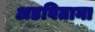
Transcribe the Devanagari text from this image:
अडविताना